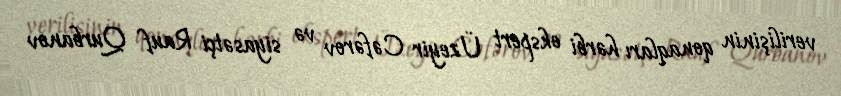
verilişinin qonaqları hərbi ekspert Üzeyir Cəfərov və siyasətçi Rauf Qurbanov